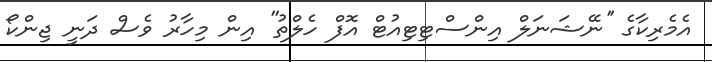
އެމެރިކާގެ ''ނޭޝަނަލް އިންސްޓިޓިއުޓް އޮފް ހެލްތު'' އިން މިހާރު ވެސް ދަނީ ޖިންކޯ